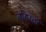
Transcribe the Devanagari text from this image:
बहिस्तर